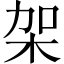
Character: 架